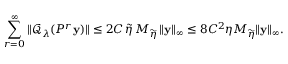
\sum _ { r = 0 } ^ { \infty } \| \mathcal { Q } _ { \lambda } ( P ^ { r } \mathbf { y } ) \| \leq 2 C \, \widetilde { \eta } \, M _ { \widetilde { \eta } } \, \| \mathbf { y } \| _ { \infty } \leq 8 C ^ { 2 } \eta M _ { \widetilde { \eta } } \| \mathbf { y } \| _ { \infty } .